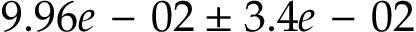
9 . 9 6 e \mathrm { ~ - ~ } 0 2 \pm 3 . 4 e \mathrm { ~ - ~ } 0 2